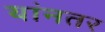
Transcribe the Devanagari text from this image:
यांनतर